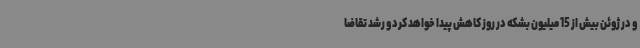
و در ژوئن بیش از 15 میلیون بشکه در روز کاهش پیدا خواهد کرد و رشد تقاضا